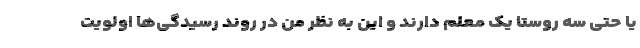
یا حتی سه روستا یک معلم دارند و این به نظر من در روند رسیدگی‌ها اولویت